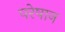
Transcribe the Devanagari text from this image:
परेषान